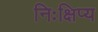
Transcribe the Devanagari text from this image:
निःक्षिप्य